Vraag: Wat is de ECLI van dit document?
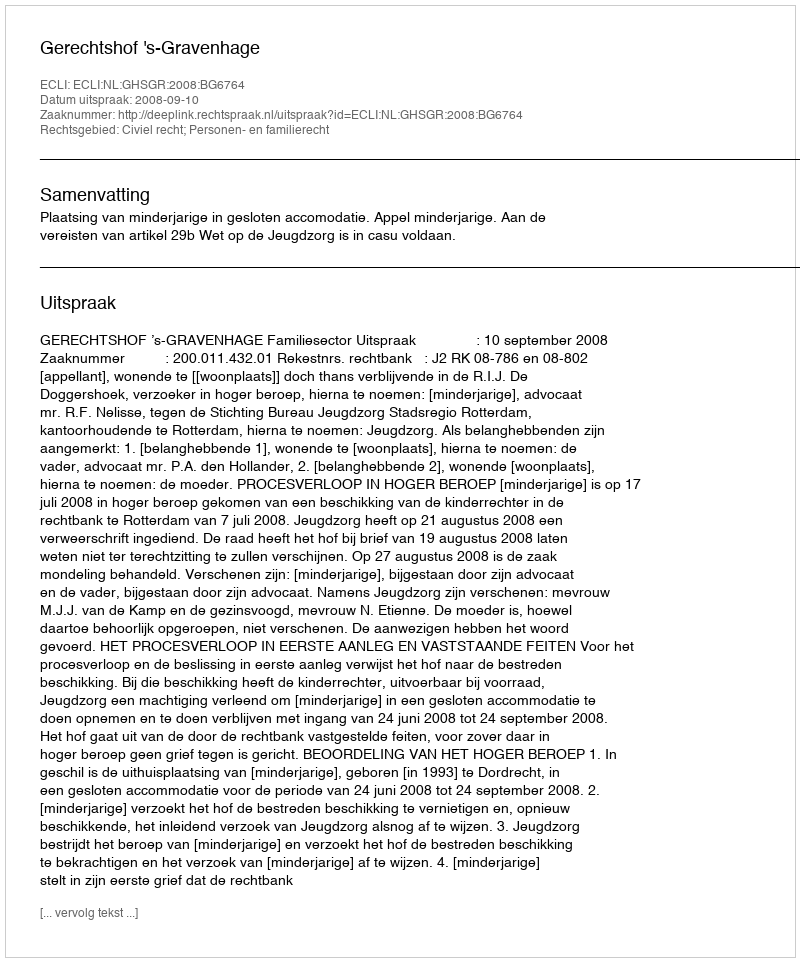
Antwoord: ECLI:NL:GHSGR:2008:BG6764